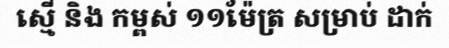
ស្មើ និង កម្ពស់ ១១ម៉ែត្រ សម្រាប់ ដាក់